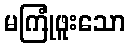
မကြုံဖူးသော